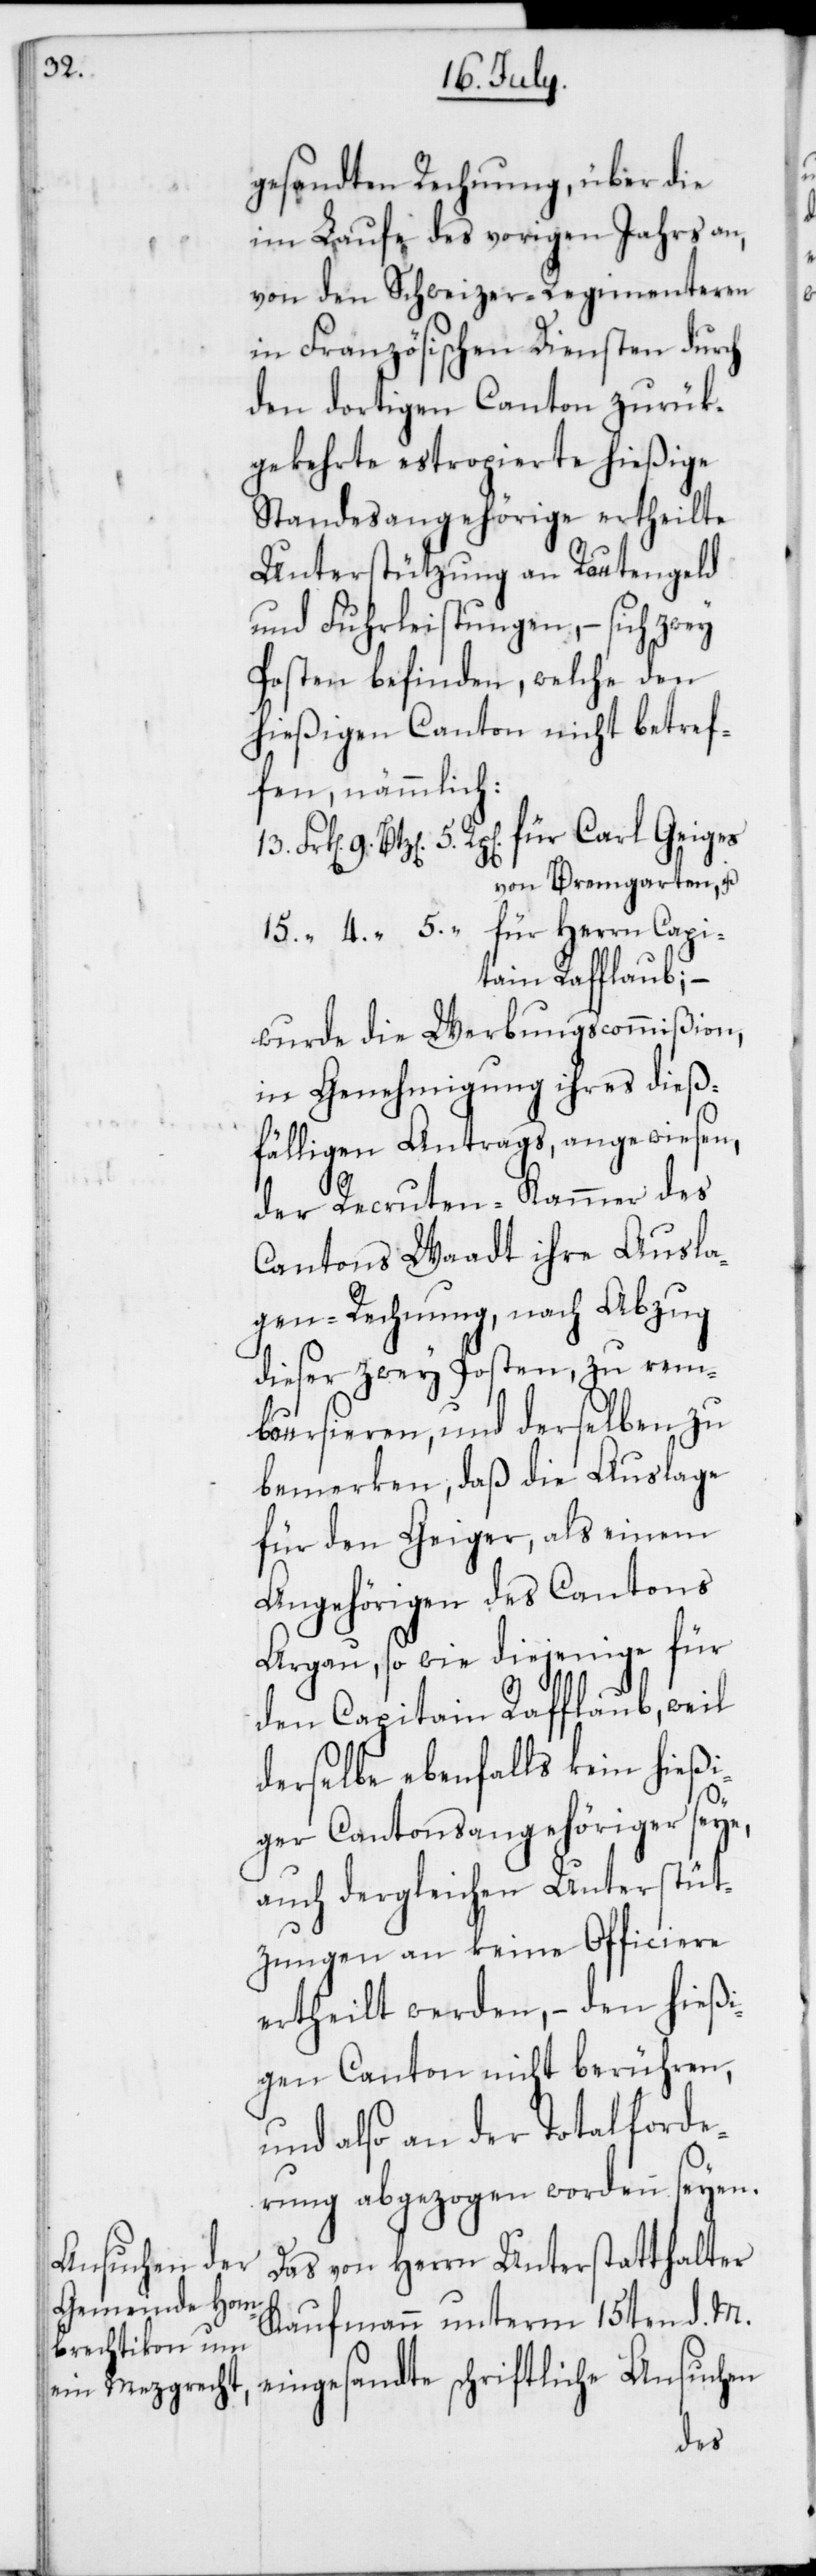
gesandten Rechnung, über die
im Laufe des vorigen Jahrs an,
von den Schweizer Regimenteren
in Französischen Diensten durch
den dortigen Canton zurück¬
gekehrte estropierte hießige
Standesangehörige ertheilte
Unterstützung an Routengeld
und Fuhrleistungen, – sich zwey
Posten befinden, welche den
hießigen Canton nicht betref¬
fen, nämmlich:
5. Rp[en]. für Carl Geiger
von Bremgarten; u.
15. “ 4. “ 5. “ für Herrn Capi¬
tain Rafflaub; –
wurde die Werbungscommißion,
in Genehmigung ihres dieß¬
fälligen Antrags, angewiesen,
der Recruten-Kammer des
Cantons Waadt ihre Ausla¬
gen-Rechnung, nach Abzug
dieser zwey Posten, zu rem¬
boursieren, und derselben zu
bemerken, daß die Auslage
für den Geiger, als einem
Angehörigen des Cantons
Aargau, so wie diejenige für
den Capitain Rafflaub, weil
derselbe ebenfalls kein hießi¬
ger Cantonsangehöriger seye,
auch dergleichen Unterstüt¬
zungen an keine Officiere
ertheilt werden, – den hießi¬
gen Canton nicht berühren,
und also an der Totalforde¬
rung abgezogen worden seyen.
Das von Herrn Unterstatthalter
Kaufmann unterm 15ten d. M.